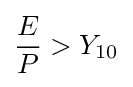
{\frac {E}{P}}>Y_{\text{10}}